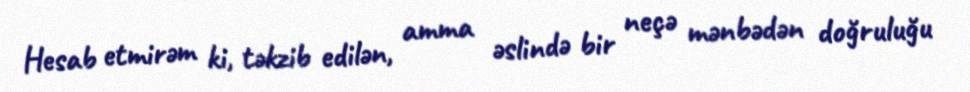
Hesab etmirəm ki, təkzib edilən, amma əslində bir neçə mənbədən doğruluğu